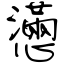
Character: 懣